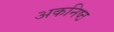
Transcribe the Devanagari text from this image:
अकनिष्ठ